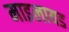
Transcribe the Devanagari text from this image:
माइलायड